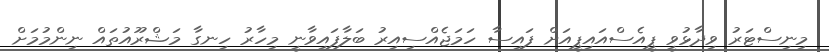
މިނިސްޓަރު ވިދާޅުވީ ޕީއެސްއައިޕީއަށް ފައިސާ ހަމަޖެއްސިއިރު ބަލާފައިވާނީ މިހާރު ހިނގާ މަޝްރޫއުތައް ނިންމުމަށް